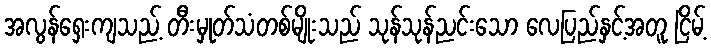
အလွန်ရှေးကျသည့် တီးမှုတ်သံတစ်မျိုးသည် သုန်သုန်ညင်းသော လေပြည်နှင့်အတူ ငြိမ့်